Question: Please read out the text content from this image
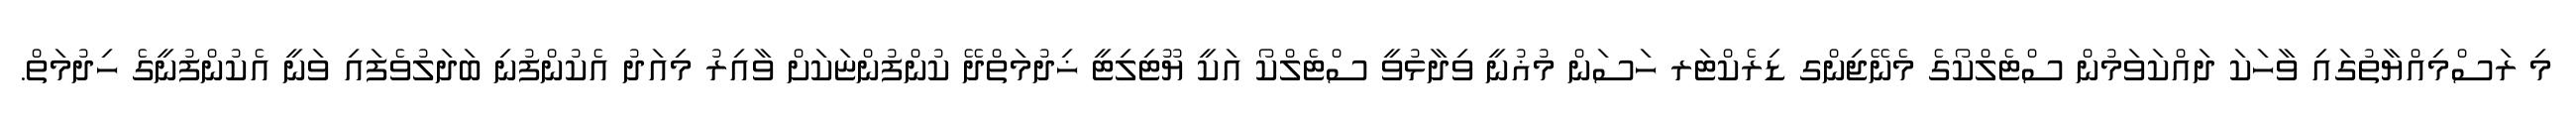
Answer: މި ރަސްމިއްޔާތުގައި ވާހަކަ ދައްކަވަމުން ސްޓެލްކޯގެ މެނޭޖިންގ ޑިރެކްޓަރ ހަސަން މުޣުނީ ވިދާޅުވީ ސްޓެލްކޯ އަކީ ޔޫޓިލިޓީ ޚިދުމަތްދޭ ކުންފުންޏަކަށް ވާއިރު މިއަދު އެކުންފުނި ބަދަލުވެފައި ވަނީ އެކުންފުނީގެ ހިދުމަތް.